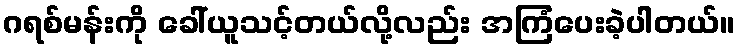
ဂရစ်မန်းကို ခေါ်ယူသင့်တယ်လို့လည်း အကြံပေးခဲ့ပါတယ်။